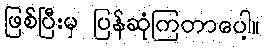
ဖြစ်ပြီးမှ ပြန်ဆုံကြတာပေါ့။